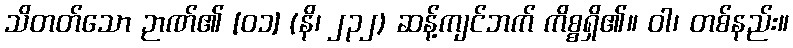
သိတတ်သော ဉာဏ်၏ [၀၁] (နိ၊ ၂၃၂) ဆန့်ကျင်ဘက် ကိစ္စရှိ၏။ ဝါ၊ တစ်နည်း။